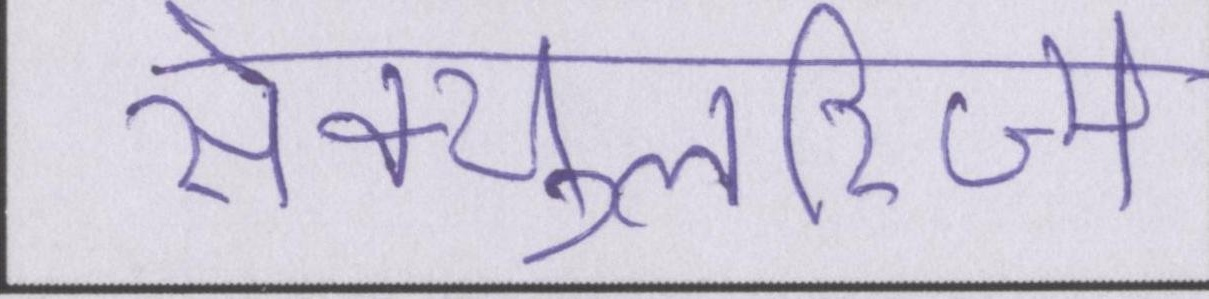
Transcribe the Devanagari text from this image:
सेक्युलरिज्म